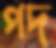
পদ